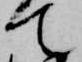
て